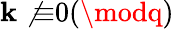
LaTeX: \mathbf{k}\not{\equiv}0(\modq)